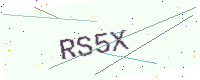
Text: RS5X